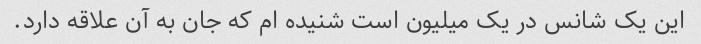
این یک شانس در یک میلیون است شنیده ام که جان به آن علاقه دارد.